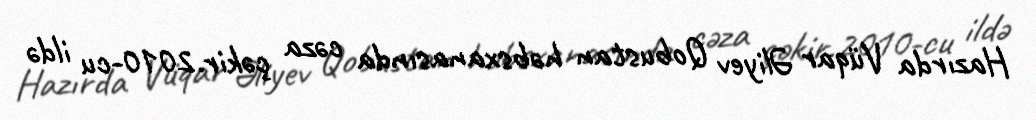
Hazırda Vüqar Əliyev Qobustan həbsxanasında cəza çəkir.2010-cu ildə